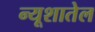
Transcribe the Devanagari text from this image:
न्यूशातेल